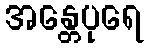
အန္တေပုရေ